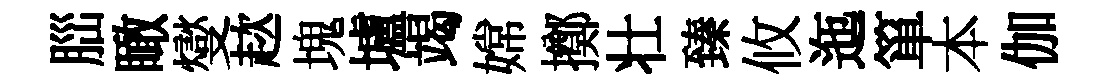
𦛁瞰燮趑塊壚竭嫦擲壮臻攸迤箪本伽